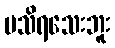
မသိရသေးဘူး